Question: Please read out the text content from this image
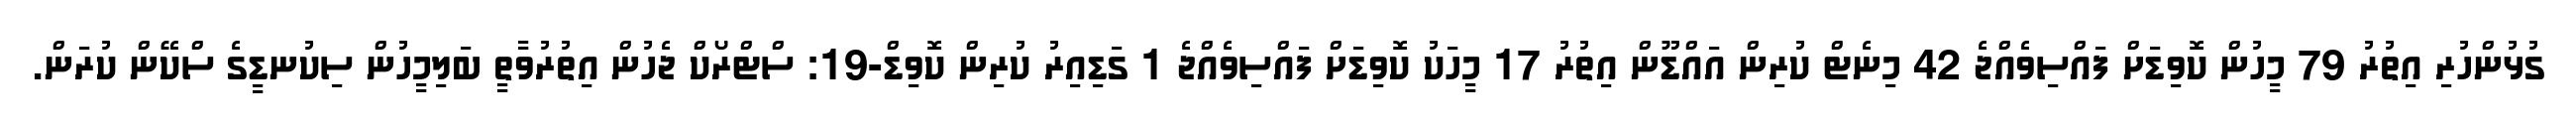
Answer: ގުޅުންހުރި އިތުރު 79 މީހުން ކޮވިޑަށް ފައްސިވެއްޖެ 42 މިނެޓް ކުރިން އައްޑޫން އިތުރު 17 މީހަކު ކޮވިޑަށް ފައްސިވެއްޖެ 1 ގަޑިއިރު ކުރިން ކޮވިޑް-19: ސްޓްރޯކް ޖެހުން އިތުރުވާތީ ބަލިމީހުން ސިކުނޑީގެ ސްކޭން ކުރަން.